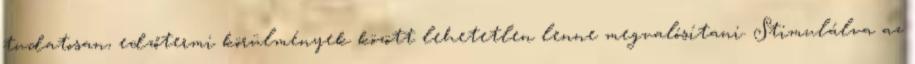
tudatosan, edzőtermi körülmények között lehetetlen lenne megvalósítani. Stimulálva az